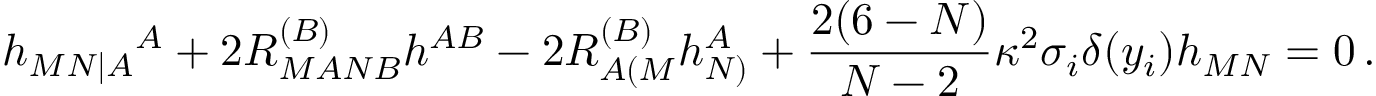
h _ { M N | A } { } ^ { A } + 2 R _ { M A N B } ^ { ( B ) } h ^ { A B } - 2 R _ { A ( M } ^ { ( B ) } h _ { N ) } ^ { A } + { \frac { 2 ( 6 - N ) } { N - 2 } } \kappa ^ { 2 } \sigma _ { i } \delta ( y _ { i } ) h _ { M N } = 0 \, .